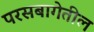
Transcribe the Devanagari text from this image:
परसबागेतील